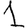
Digit: 1